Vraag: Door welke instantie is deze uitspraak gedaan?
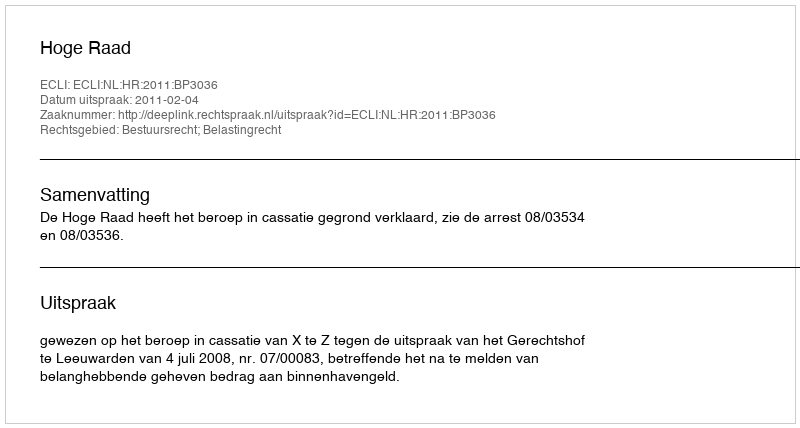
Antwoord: Hoge Raad